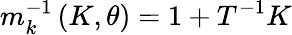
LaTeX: m_{k}^{-1}\left(K,\theta\right)=1+T^{-1}K